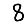
Digit: 8